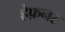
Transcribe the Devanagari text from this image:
हेफ़नर